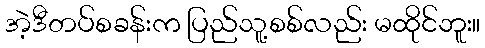
အဲ့ဒီတပ်စခန်းက ပြည်သူ့စစ်လည်း မထိုင်ဘူး။